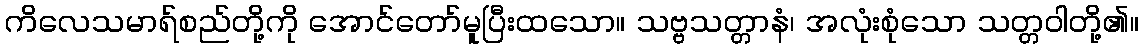
ကိလေသမာရ်စည်တို့ကို အောင်တော်မူပြီးထသော။ သဗ္ဗသတ္တာနံ၊ အလုံးစုံသော သတ္တဝါတို့၏။